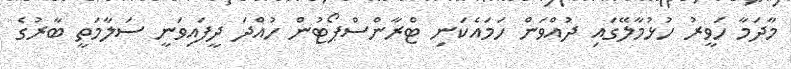
މާދަމާ ހަވީރު ހުޅުމާލޭގައި ދުއްވަން ހަމައެކަނި ޓްރާންސްޕޯޓުން ހުއްދަ ދީފައިވަނީ ސަލާމަތީ ބާރުގެ